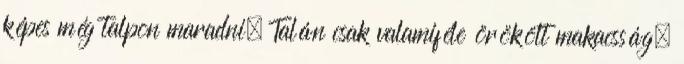
képes még talpon maradni. Talán csak valamiféle örökölt makacsság,